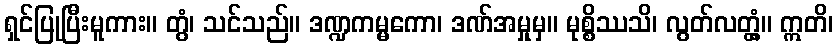
ရှင်ပြုပြီးမူကား။ တွံ၊ သင်သည်။ ဒဏ္ဍကမ္မကော၊ ဒဏ်အမှုမှ။ မုစ္စိဿသိ၊ လွတ်လတ္တံ့။ ဣတိ၊